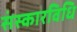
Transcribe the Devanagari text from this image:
संस्कारविधि